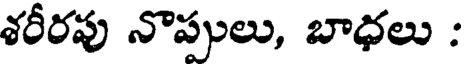
శరీరపు నొప్పులు, బాధలు :